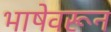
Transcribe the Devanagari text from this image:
भाषेवरून